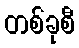
တစ်ခုစီ